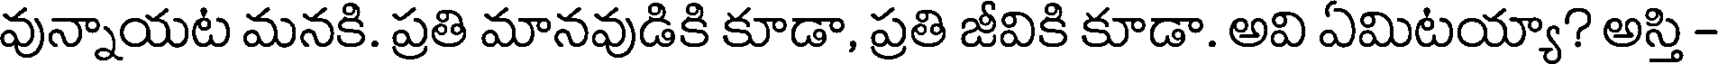
వున్నాయట మనకి. ప్రతి మానవుడికి కూడా, ప్రతి జీవికి కూడా. అవి ఏమిటయ్యా? అస్తి -